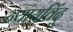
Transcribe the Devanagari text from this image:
न्यायविंदु